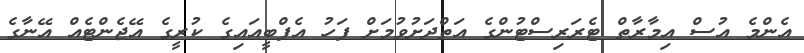
އެންމެ އުސް އިމާރާތް ޓެރަރިސްޓުންގެ އަތްދަށުވުމަށް ފަހު އެފްބީއައިގެ ކުރީގެ އޭޖެންޓެއް އޭނާގެ